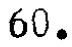
$60.$